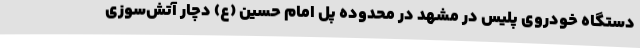
دستگاه خودروی پلیس در مشهد در محدوده پل امام حسین (ع) دچار آتش‌سوزی